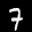
Label: 7